Leaving Certificate Examination, 1902
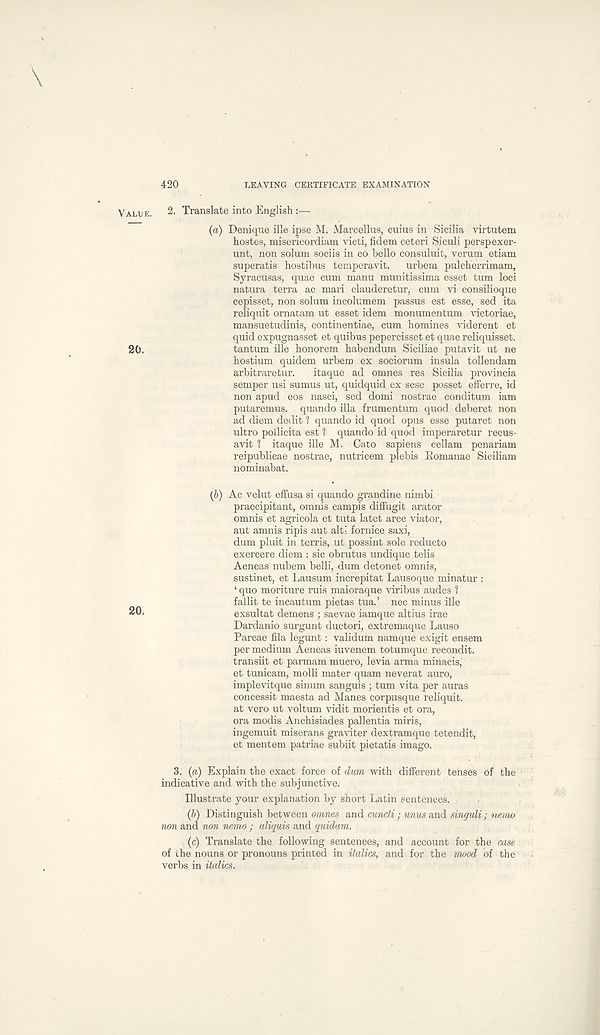
420
LEAVING CERTIFICATE EXAMINATION
VALUE.
2. Translate into English :—
(a) Denique ille ipse M. Marcellas, cuius in Sicilia virtutem
hostes, misericordiam victi, fidem ceteri Siculi perspexer-
unt, non solum sociis in eo hello consuluit, verum etiam
superatis hostibus temperavit.
urbem pulcherrimam,
Syracusas, quae cum manu munitissima esset turn loci
natura terra ac mari clauderetur, cum vi consilioque
cepisset, non solum incolumem passus est esse, sed ita
reliquit ornatam ut esset idem monumentum victoriae,
mansuetudinis, continentiae, cum homines viderent et
quid expugnasset et quibus pepercisset et quae reliquisset.
20.
tantum ille honorem habendum Siciliae putavit ut ne
hostium quidem urbem ex sociorum insula tollendam
arbitraretur.
itaque ad omnes res Sicilia provincia
semper usi sumus ut, quidquid ex sese posset efferre, id
non apud eos nasci, sed domi nostrae conditum iam
putaremus. quando ilia frumentum quod deberet non
ad diem dedit 1 quando id quod opus esse putaret non
ultro poilicita est 1 quando id quod imperaretur recus-
avit 1 itaque ille M. Cato sapiens cellam penariam
reipublicae nostrae, nutricem plebis Eomanae Siciliam
nominabat.
(5) Ac velut effusa si quando grandine nimbi
praecipitant, omnis campis diffugit arator
omnis et agricola et tuta latet arce viator,
aut amnis ripis aut altl fornice saxi,
dum pluit in terris, ut possint sole reducto
exercere diem : sic obrutus undique telis
Aeneas nubem belli, dum detonet omnis,
sustinet, et Lausum increpitat Lausoque minatur :
‘ quo moriture ruis maioraque viribus audes 1
fallit te incautum pietas tua.’ nec minus ille
20'
exsultat demens • saevae iamque altius irae
Dardanio surgunt ductori, extremaque Lauso
Parcae fila legunt: validum namque exigit ensem
per medium Aeneas iuvenem totumque recondit.
transiit et parmam mucro, levia arma minacis,
et tunicam, molli mater quam neverat auro,
implevitque sinum sanguis ; turn vita per auras
concessit maesta ad Manes corpusque reliquit.
at vero ut voltum vidit morientis et ora,
ora modis Anchisiades pallentia miris,
ingemuit miserans graviter dextramque tetendit,
et mentem patriae subiit pietatis imago.
3. (a) Explain the exact force of dum with different tenses of the
indicative and with the subjunctive.
Illustrate your explanation by short Latin sentences.
(6) Distinguish between omnes and cundi; unus and singuli; nemo
non and non nemo ; aliquis and quidam.
(c) Translate the following sentences, and account for the case
of the nouns or pronouns printed in italics, and for the mood of the
verbs in italics.